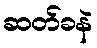
ဆတ်ခနဲ